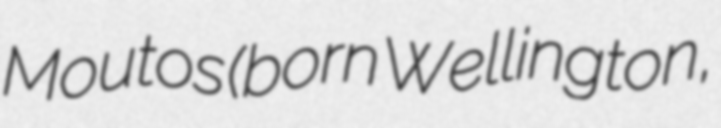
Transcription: Moutos (born Wellington,